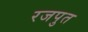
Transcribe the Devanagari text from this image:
रजपुत